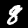
Digit: 8